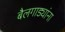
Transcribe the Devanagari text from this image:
बैलगाड्यांना